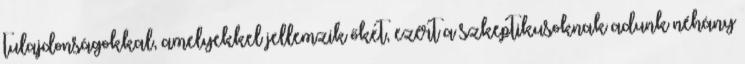
tulajdonságokkal, amelyekkel jellemzik őket, ezért a szkeptikusoknak adunk néhány